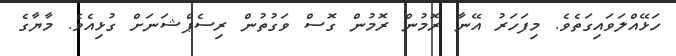
ހަޅޭއްލަވައިގަތެވެ. މިފަހަރު އޭނާ ރޮމުން ރޮމުން ގޮސް ވަގުތުން ރިސެޕްޝަނަށް ގުޅިއެވެ. މާޔާގެ